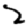
Digit: 2